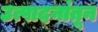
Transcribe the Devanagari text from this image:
उत्पादनांतून